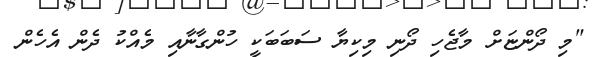
"މި ދޯންޏަށް މާޖެހި ދޯނި މިކިޔާ ސަބަބަކީ ހުންގާނާއި މެއްކު ދެން އެހެން